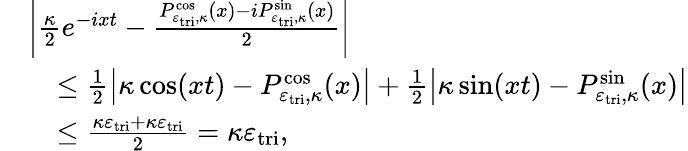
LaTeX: \begin{array}{rl}&{\left|\frac{\kappa}{2}e^{-ixt}-\frac{P_{\varepsilon_{\mathrm{tri}},\kappa}^{\cos}(x)-iP_{\varepsilon_{\mathrm{tri}},\kappa}^{\sin}(x)}{2}\right|}\\ &{\quad\leq\frac{1}{2}\left|\kappa\cos(xt)-P_{\varepsilon_{\mathrm{tri}},\kappa}^{\cos}(x)\right|+\frac{1}{2}\left|\kappa\sin(xt)-P_{\varepsilon_{\mathrm{tri}},\kappa}^{\sin}(x)\right|}\\ &{\quad\leq\frac{\kappa\varepsilon_{\mathrm{tri}}+\kappa\varepsilon_{\mathrm{tri}}}{2}=\kappa\varepsilon_{\mathrm{tri}},}\end{array}